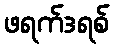
ဖရက်ဒရစ်